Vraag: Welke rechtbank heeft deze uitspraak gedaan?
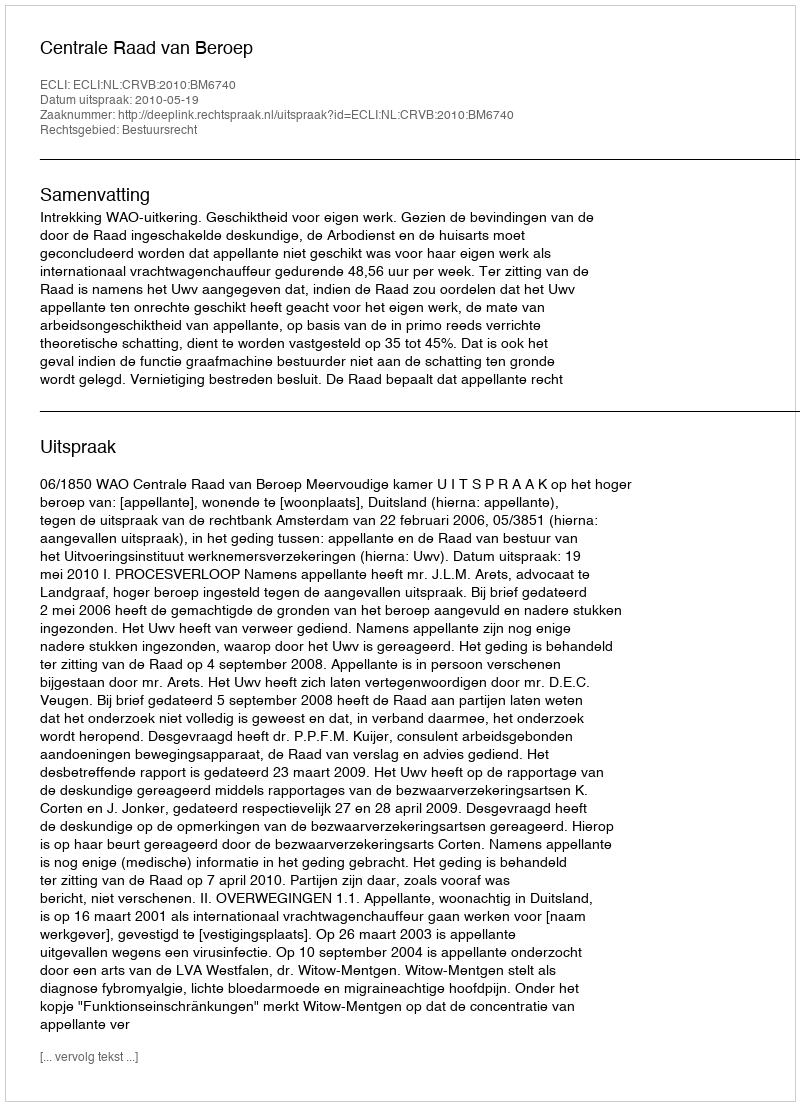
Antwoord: Centrale Raad van Beroep